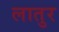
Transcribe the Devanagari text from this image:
लातुर